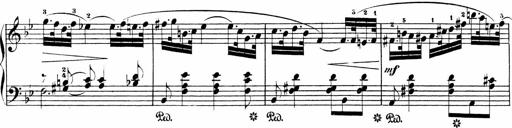
Title: Sonatinen Op.47, 98 und 136, nebst 6 Liedersonatinen
Composer: Carl Reinecke